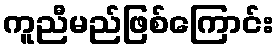
ကူညီမည်ဖြစ်ကြောင်း